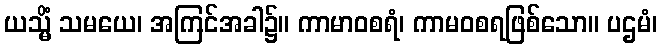
ယသ္မိံ သမယေ၊ အကြင်အခါ၌။ ကာမာဝစရံ၊ ကာမဝစရဖြစ်သော။ ပဌမံ၊